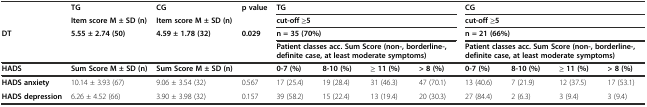
|  | TG | CG | p value | <COLSPAN=4> TG | <COLSPAN=4> CG |
 |  | Item score M ± SD (n) | Item score M ± SD (n) |  | <COLSPAN=4> cut-off ≥5 | <COLSPAN=4> cut-off ≥5 |
 | DT | 5.55 ± 2.74 (50) | 4.59 ± 1.78 (32) | 0.029 | <COLSPAN=4> n = 35 (70%) | <COLSPAN=4> n = 21 (66%) |
 |  |  |  |  | <COLSPAN=4> Patient classes acc. Sum Score (non-, borderline-, definite case, at least moderate symptoms) | <COLSPAN=4> Patient classes acc. Sum Score (non-, borderline-, definite case, at least moderate symptoms) |
 | --- | --- | --- | --- | --- | --- | --- | --- | --- | --- | --- | --- |
 | HADS | Sum Score M ± SD (n) | Sum Score M ± SD (n) |  | 0-7 (%) | 8-10 (%) | ≥ 11 (%) | > 8 (%) | 0-7 (%) | 8-10 (%) | ≥ 11 (%) | > 8 (%) |
 | HADS anxiety | 10.14 ± 3.93 (67) | 9.06 ± 3.54 (32) | 0.567 | 17 (25.4) | 19 (28.4) | 31 (46.3) | 47 (70.1) | 13 (40.6) | 7 (21.9) | 12 (37.5) | 17 (53.1) |
 | HADS depression | 6.26 ± 4.52 (66) | 3.90 ± 3.98 (32) | 0.157 | 39 (58.2) | 15 (22.4) | 13 (19.4) | 20 (30.3) | 27 (84.4) | 2 (6.3) | 3 (9.4) | 3 (9.4) |